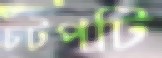
চটপটি